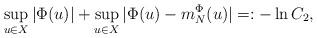
LaTeX: \begin{align*}\sup_{u\in X} |\Phi(u)| + \sup_{u\in X} |\Phi(u) - m_N^\Phi(u)| =: - \ln C_2,\end{align*}